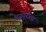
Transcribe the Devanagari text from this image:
अजनेरीला